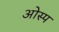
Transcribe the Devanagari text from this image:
ओस्प